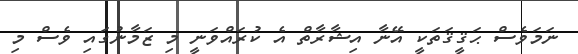
ނަމަވެސް ޙަޤީޤަތަކީ އޭނާ އިޝާރާތް އެ ކުރައްވަނީ މި ޒަމާނުގައި ވެސް މި